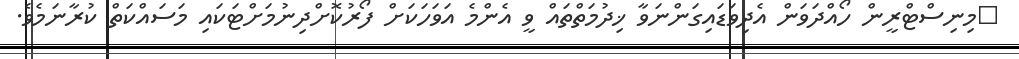
މިނިސްޓްރީން ހޯއްދަވަން އެދިވަޑައިގަންނަވާ ޚިދުމަތްތައް ވީ އެންމެ އަވަހަކަށް ފޯރުކޮށްދިނުމަށްޓަކައި މަސައްކަތް ކުރާނަމެވެ.